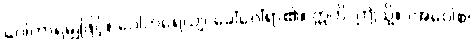
ဝေါဟာရမျှဖြင့်။ ဝေါဟရေယျ၊ ခေါ်ဝေါ်ရာ၏။ ဣတိ၊ ဤသို့။ (အဝေါစ၊